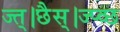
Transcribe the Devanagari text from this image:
ज्त्।छैस्।ज्प्व्छ